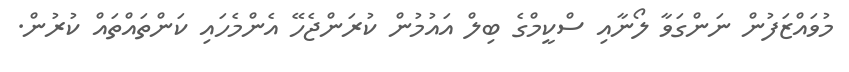
މުވައްޒަފުން ނަންގަވާ ލޯނާއި ސްކީމްގެ ބިލް އައުމުން ކުރަންޖެހޭ އެންމެހައި ކަންތައްތައް ކުރުން.